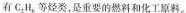
有 C _ { 2 } H _ { 6 }等烃类，是重要的燃料和化工原料。